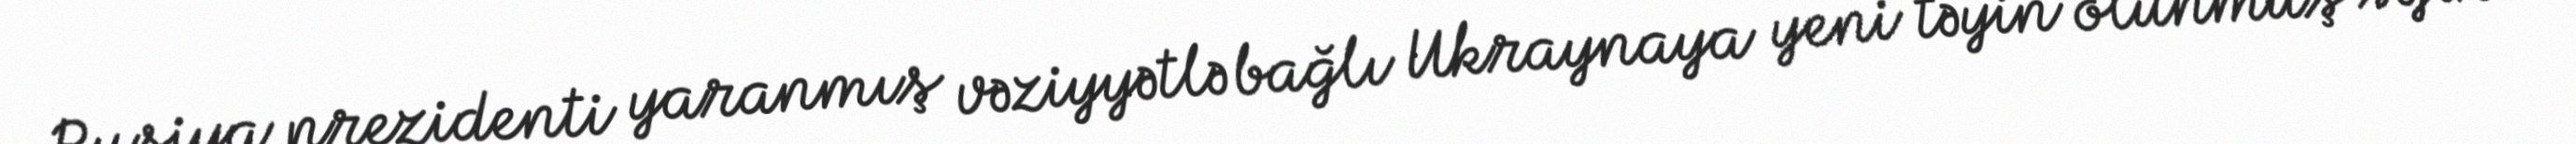
Rusiya prezidenti yaranmış vəziyyətlə bağlı Ukraynaya yeni təyin olunmuş səfir